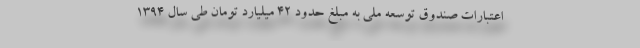
اعتبارات صندوق توسعه ملی به مبلغ حدود ۴۲ میلیارد تومان طی سال ۱۳۹۴